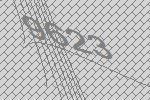
9623